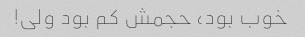
خوب بود، حجمش کم بود ولی!